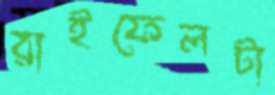
রাইফেলটা